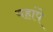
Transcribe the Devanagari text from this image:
यहांपे